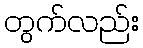
တွက်လည်း